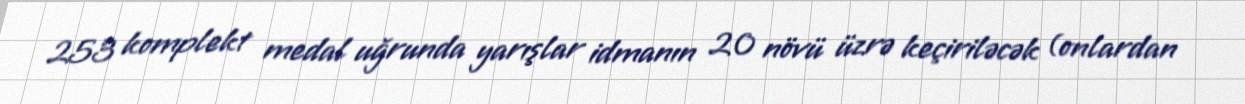
253 komplekt medal uğrunda yarışlar idmanın 20 növü üzrə keçiriləcək (onlardan